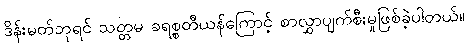
ဒိန်းမတ်ဘုရင် သတ္တမ ခရစ္စတီယန်ကြောင့် စာလွှာပျက်စီးမှုဖြစ်ခဲ့ပါတယ်။